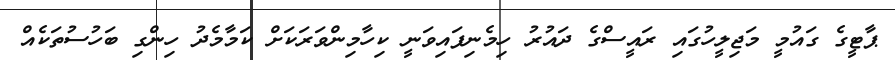
ޕާޓީގެ ގައުމީ މަޖިލީހުގައި ރައީސްގެ ދައުރު ހިމެނިފައިވަނީ ކިހާމިންވަރަކަށް ކަމާމެދު ހިންގި ބަހުސުތަކެއް